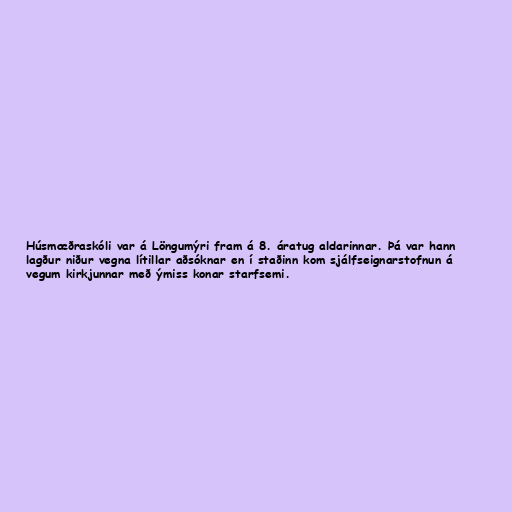
Húsmæðraskóli var á Löngumýri fram á 8. áratug aldarinnar. Þá var hann
lagður niður vegna lítillar aðsóknar en í staðinn kom sjálfseignarstofnun á
vegum kirkjunnar með ýmiss konar starfsemi.